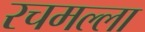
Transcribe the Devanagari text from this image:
रचमल्ला